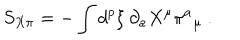
LaTeX: S _ { X \pi } = - \int d ^ { p } \xi \ \partial _ { a } X ^ { \mu } \pi ^ { a } { _ { \mu } } \ .